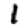
Digit: 1